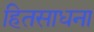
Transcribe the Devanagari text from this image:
हितसाधना